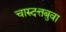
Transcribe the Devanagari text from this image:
चारुदत्तबुवा